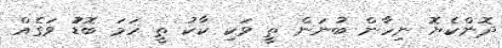
ދޮންކެޔޮ ނިހާން ބުނަން ތީ ވަކި ކާކު ތީ ހަމަ ބޮޑުު ވަގެއް